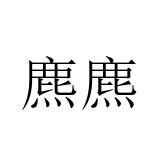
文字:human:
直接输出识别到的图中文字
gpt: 麃麃